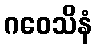
ဂဝေသိနံ